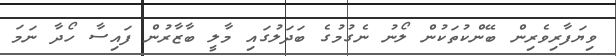
ވިޔަފާރިވެރިން ބޭންކުތަކުން ލޯނު ނެގުމުގެ ބަދަލުގައި މާލީ ބާޒާރުން ފައިސާ ހޯދާ ނަމަ